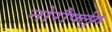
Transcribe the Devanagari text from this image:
नोरौर्फ्लुग